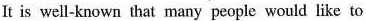
It is well-known that many people would like to